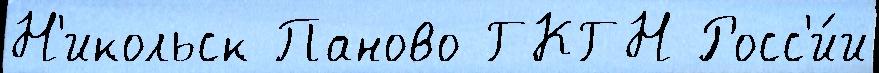
Н'икольск Паново ГКГН Росс'и́и